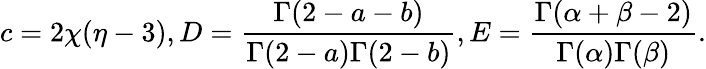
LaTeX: c=2\chi(\eta-3),D=\frac{\Gamma(2-a-b)}{\Gamma(2-a)\Gamma(2-b)},E=\frac{\Gamma(\alpha+\beta-2)}{\Gamma(\alpha)\Gamma(\beta)}.